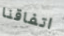
اتفاقنا